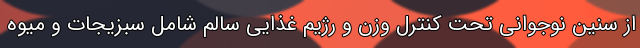
از سنین نوجوانی تحت کنترل وزن و رژیم غذایی سالم شامل سبزیجات و میوه